Vaccination United Provinces of Agra and Oudh 1923-1928 - 1923-1928
Year: 1923
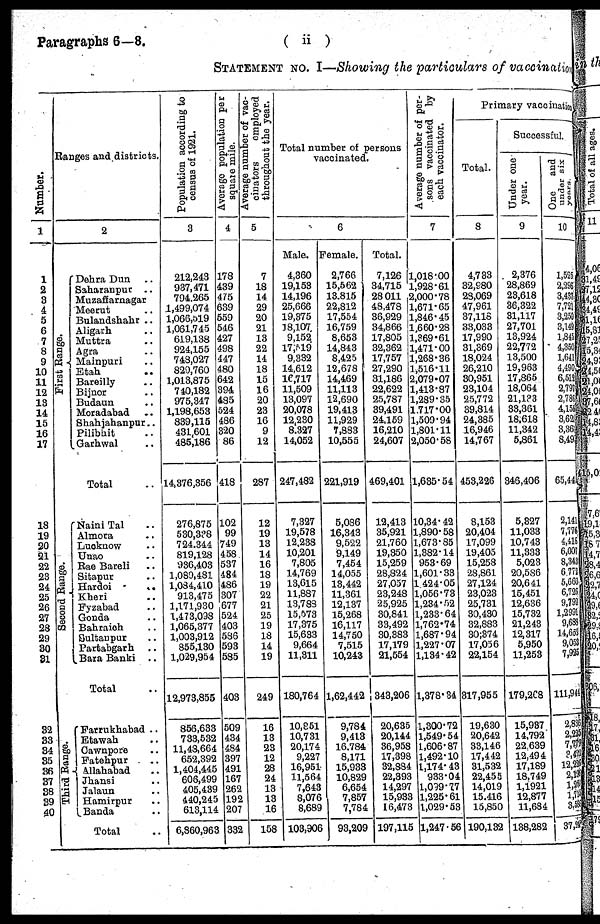
Paragraphs 6—8.
( ii )
STATEMENT NO. I—Showing the particulars of vaccination
Number.
1
1
2
3
4
5
6
7
8
9
10
11
12
13
14
15
16
17
18
19
20
21
22
23
24
25
26
27
28
29
30
31
32
33
34
35
36
37
38
39
40
Ranges and districts.
2
First Range.
Second Range.
Third Range.
Dehra Dun ..
Saharanpur ..
Muzaffarnagar
Meerut ..
Bulandshahr ..
Aligarh ..
Muttra ..
Agra ..
Mainpuri ..
Etah ..
Bareilly ..
Bijnor ..
Budaun ..
Moradabad ..
Shahjahanpur ..
Pilibhit ..
Garhwal ..
Total ..
Naini Tal ..
Almora ..
Lucknow ..
Unao ..
Rae Bareli ..
Sitapur ..
Hardoi
..
Kheri ..
Fyzabad ..
Gonda ..
Bahraich ..
Sultanpur ..
Partabgarh
..
Bara Banki ..
Total ..
Farrukhabad ..
Etawah ..
Cawnpore ..
Fatehpur ..
Allahabad ..
Jhansi ..
Jalaun ..
Hamirpur ..
Banda ..
Total ..
Population according to
census of 1921.
3
212,243
937,471
794,265
1,499,074
1,066,519
1,061,745
619,138
924,155
748,027
829,760
1,013,875
740,182
975,347
1,198,653
839,115
431,601
485,186
14,376,356
276,875
530,338
724,344
819,128
936,403
1,089,481
1,084,410
913,475
1,171,930
1,473,098
1,065,377
1,003,912
855,130
1,029,954
12,973,855
856,633
733,532
11,48,664
652,392
1,404,445
606,499
405,439
440,245
613,114
6,860,963
Average population per
square mile.
4
178
489
475
639
559
546
427
498
447
480
642
394
485
524
486
320
86
418
102
99
749
458
537
484
486
307
677
524
403
586
593
585
403
509
434
484
397
491
167
262
192
207
332
Average number of vac¬
cinators
employed
throughout the year.
5
7
18
14
29
20
21
13
22
14
18
15
16
20
23
16
9
12
287
12
19
13
14
16
18
19
22
21
25
19
18
14
19
249
16
13
23
12
28
24
13
13
16
158
Total number of persons
vaccinated.
6
Male.
4,360
19,153
14,196
25,666
19,375
18,107
9,152
17,519
9,332
14,612
16,717
11,509
13,097
20,078
12,230
8,327
14,052
247,482
7,327
19,578
12,238
10,201
7,805
14,769
13,615
11,887
13,788
15,573
17,375
15,633
9,664
11,311
180,764
10,851
10,731
20,174
9,227
16,951
11,564
7,643
8,076
8,689
103,906
Female.
2,766
15,562
13,815
22,812
17,554
16,759
8,653
14,843
8,425
12,678
14,469
11,113
12,690
19,413
11,929
7,883
10,555
221,919
5,086
16,343
9,522
9,149
7,454
14,055
13,442
11,361
12,137
15,268
16,117
14,750
7,515
10,243
1,62,442
9,784
9,413
16,784
8,171
15,933
10,829
6,654
7,857
7,784
93,209
Total.
7,126
34,715
28,011
48,478
36,929
34,866
17,805
32,362
17,757
27,290
31,186
22,622
25,787
39,491
24,159
16,210
24,607
469,401
12,413
35,921
21,760
19,350
15,259
28,824
27,057
23,248
25,925
30,841
33,492
30,383
17,179
21,554
343,206
20,635
20,144
36,958
17,398
32,884
22,393
14,297
15,933
16,473
197,115
Average number of per-
sons vaccinated by
each vaccinator.
7
1,018.00
1,928.61
2,000.78
1,671.65
1,846.45
1,660.28
1,369.61
1,471.00
1,268.36
1,516.11
2,079.07
1,413.87
1,289.35
1,717.00
1,509.94
1,801.11
2,050.58
1,635.54
10,34.42
1,890.58
1,673.85
1,382.14
953.69
1,601.33
1,424.05
1,056.73
1,234.52
1,233.64
1,762.74
1,687.94
1,227.07
1,134.42
1,378.34
1,300.72
1,549.54
1,606.87
1,492.10
1,174.43
933.04
1,099.77
1,225.61
1,029.53
1,247.56
Primary vaccination.
Total.
8
4,733
32,980
28,069
47,961
37,118
33,033
17,990
31,369
18,024
26,210
30,951
23,104
25,772
39,814
24,385
16,946
14,767
453,226
8,153
20,404
17,099
19,405
15,258
28,861
27,124
23,023
25,731
30,430
32,883
30,374
17,056
22,154
317,955
19,630
20,642
33,146
17,442
31,532
22,455
14,019
15,416
15,850
190,132
Successful.
Under one
year.
9
2,376
28,869
23,618
36,322
31,117
27,701
13,924
22,772
13,500
19,963
17,865
18,064
21,133
33,361
18,618
11,342
5,861
346,406
5,327
11,033
10,743
11,333
5,023
20,586
20,641
15,451
12,636
15,732
21,243
12,317
5,950
11,253
179,268
15,937
14,792
22,639
12,494
17,189
18,749
1,1921
12,877
11,684
138,282
One
and
under six .
10
1,525
2,296
3,437
7,721
3,250
3,149
1,845
4,350
1,641
4,490
6,512
2,797
2,786
4,158
3,62
3,36
8,49
65,44
2,141
7,776
4,418
6,007
8,343
6,772
5,660
6,726
9,792
1,2991
9,688
14,652
9,053
7,925
111,944
2,836
2,225
7,779
3,422
12,226 2,195
1,260
1,715
3,586
37,24